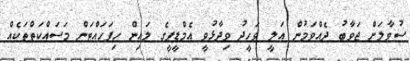
ސުވާލަށް ޖަވާބު ދެއްވަމުން އަލީ ވަހީދު ވިދާޅުވީ އެމްޑީޕީގެ ލައިން ހިފަހައްޓަން މަސައްކަތްތަކެއް